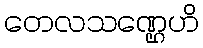
တေလသဏ္ဌေဟိ